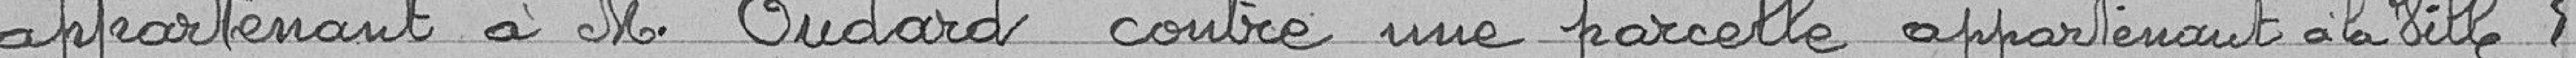
appartenant à M. Oudard contre une parcelle appartenant à la Ville.